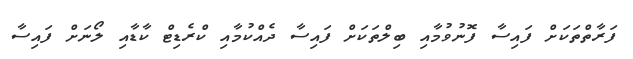
ފަރާތްތަކަށް ފައިސާ ފޮނުވުމާއި ބިލްތަކަށް ފައިސާ ދެއްކުމާއި ކްރެޑިޓް ކާޑާއި ލޯނަށް ފައިސާ